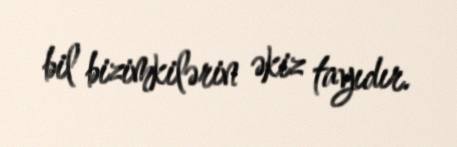
bil bizimkilərin əkiz tayıdır.